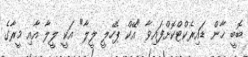
ބޮބީ ޚާން ޑައިރެކްޓްކޮށްފައިވާ "އޭކް ޕެހޭލީ ލީލާ" އަކީ ލީލާ އާއި މީރާގެ